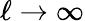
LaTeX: \ell\to\infty